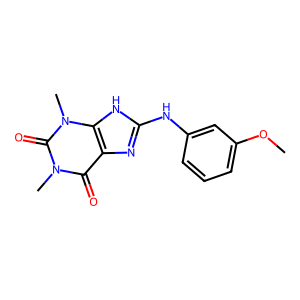
SMILES: COc1cccc(Nc2nc3c(=O)n(C)c(=O)n(C)c3[nH]2)c1
Inhibits HIV replication: No